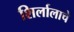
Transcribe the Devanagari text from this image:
शिर्लालाचे